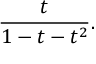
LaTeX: { \frac { t } { 1 - t - t ^ { 2 } } } .